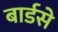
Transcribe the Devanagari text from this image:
बार्डसे